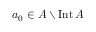
a _ { 0 } \in A \setminus \operatorname { I n t } A